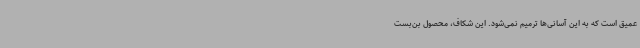
عمیق است که به این آسانی‌ها ترمیم نمی‌شود. این شکاف، محصول بن‌بست